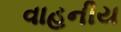
વાહનીય